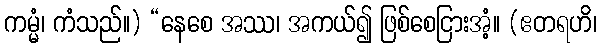
ကမ္မံ၊ ကံသည်။) “နေစေ အဿ၊ အကယ်၍ ဖြစ်စေငြားအံ့။ (ဧတရဟိ၊